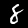
Digit: 8